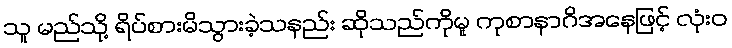
သူ မည်သို့ ရိပ်စားမိသွားခဲ့သနည်း ဆိုသည်ကိုမူ ကုစာနာဂိအနေဖြင့် လုံးဝ